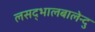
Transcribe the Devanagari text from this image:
लसद्भालबालेन्दु